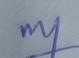
Signature authenticity: genuine